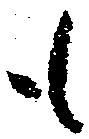
も